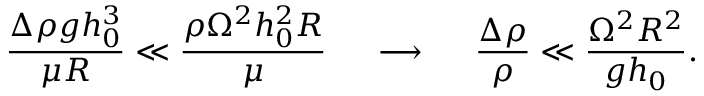
\frac { \Delta \rho g h _ { 0 } ^ { 3 } } { \mu R } \ll \frac { \rho \Omega ^ { 2 } h _ { 0 } ^ { 2 } R } { \mu } ~ ~ ~ ~ \longrightarrow ~ ~ ~ ~ \frac { \Delta \rho } { \rho } \ll \frac { \Omega ^ { 2 } R ^ { 2 } } { g h _ { 0 } } .